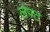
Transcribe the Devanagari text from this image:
लफ्ट